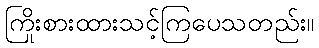
ကြိုးစားထားသင့်ကြပေသတည်း။